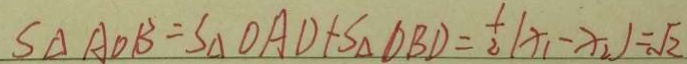
S _ { \Delta } A O B = S _ { \Delta } O A D + S _ { \Delta } D B D = \frac { 1 } { 2 } ( x _ { 1 } - x _ { 2 } ) = \sqrt { 2 }